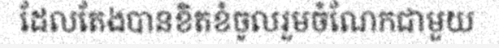
ដែលតែងបានខិតខំចូលរួមចំណែកជាមួយ